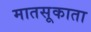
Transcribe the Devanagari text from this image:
मातसूकाता